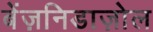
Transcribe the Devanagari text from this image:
बेंज़निडाज़ोल